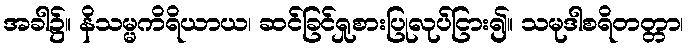
အခါ၌။ နိသမ္မကိရိယာယ၊ ဆင်ခြင်ရှုစားပြုလုပ်ငြား၍။ သမုဒါစရိတတ္တာ၊